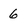
Character: 6